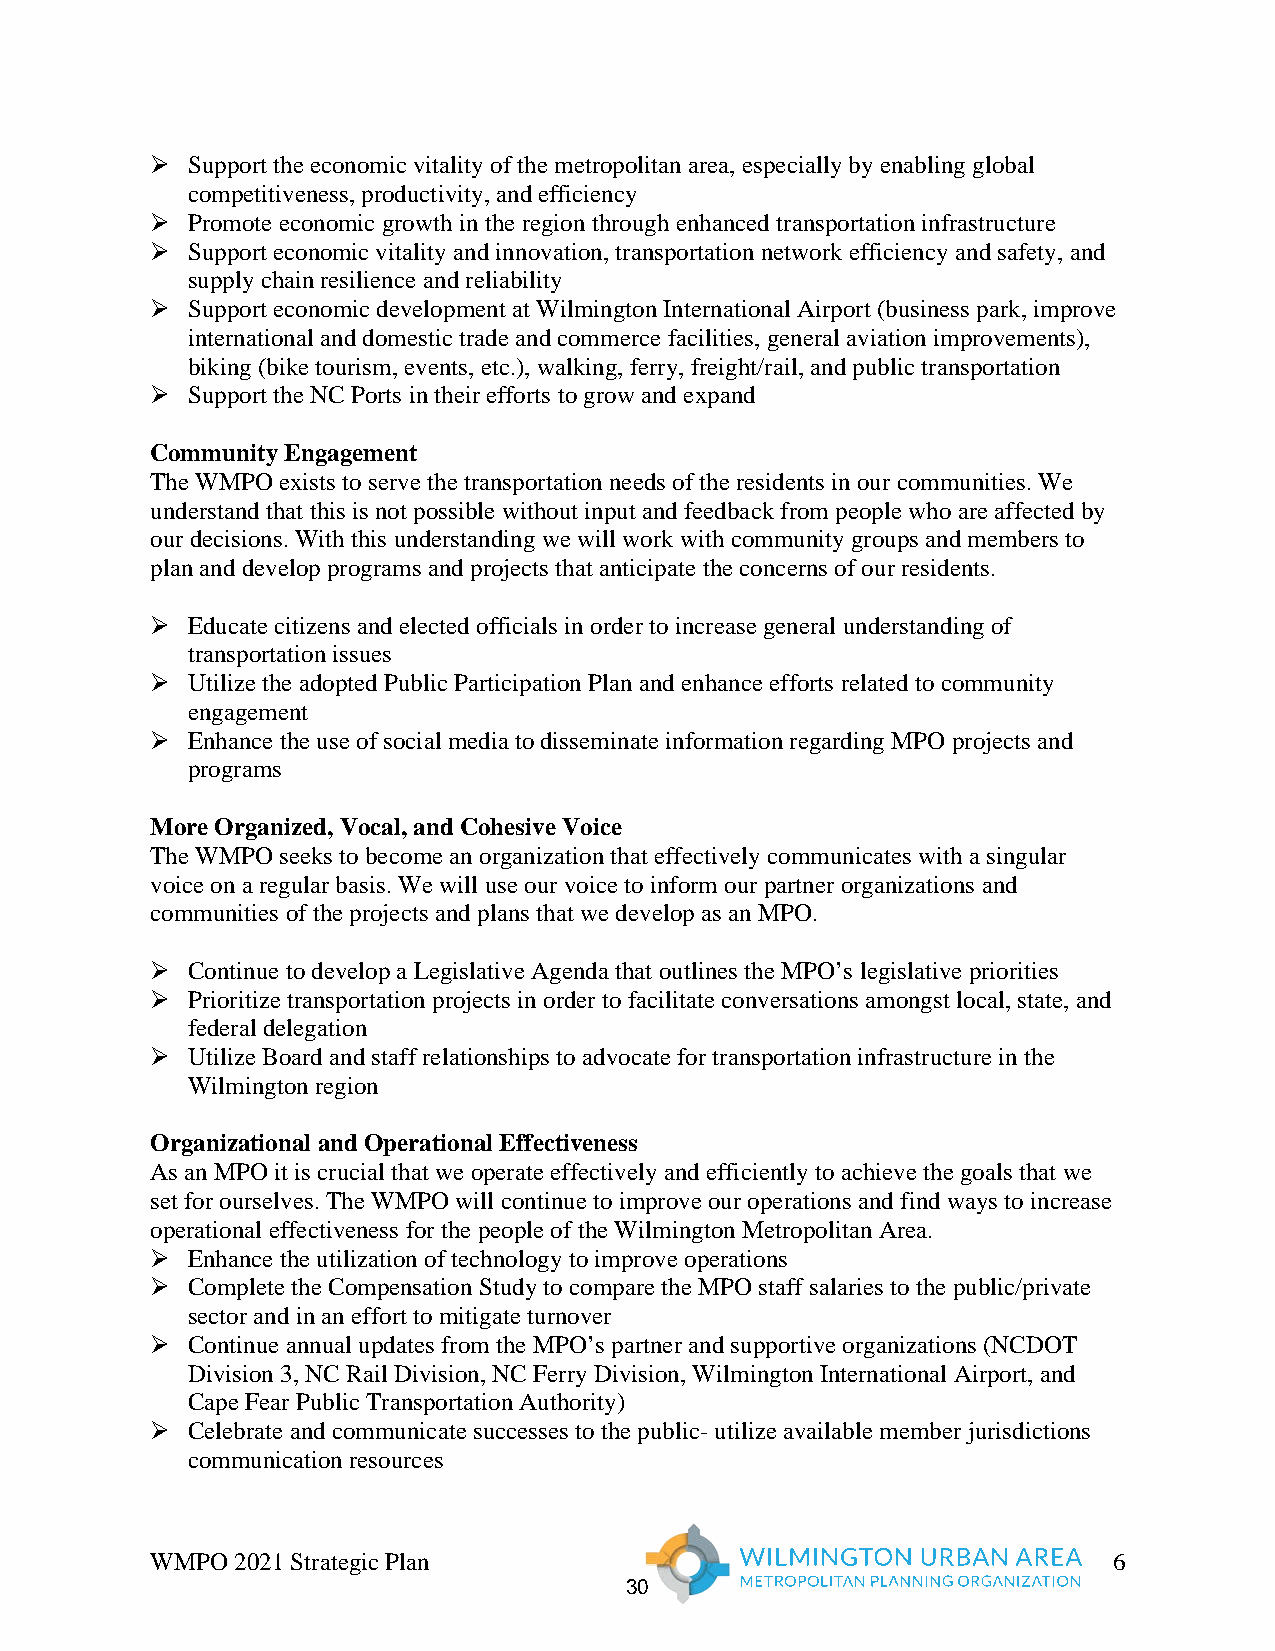
 Support the economic vitality of the metropolitan area, especially by enabling global
 competitiveness, productivity, and efficiency
  Promote economic growth in the region through enhanced transportation infrastructure
  Support economic vitality and innovation, transportation network efficiency and safety, and
 supply chain resilience and reliability
  Support economic development at Wilmington International Airport (business park, improve
 international and domestic trade and commerce facilities, general aviation improvements),
 biking (bike tourism, events, etc.), walking, ferry, freight/rail, and public transportation
  Support the NC Ports in their efforts to grow and expand
 Community Engagement
 The WMPO exists to serve the transportation needs of the residents in our communities. We
 understand that this is not possible without input and feedback from people who are affected by
 our decisions. With this understanding we will work with community groups and members to
 plan and develop programs and projects that anticipate the concerns of our residents.
  Educate citizens and elected officials in order to increase general understanding of
 transportation issues
  Utilize the adopted Public Participation Plan and enhance efforts related to community
 engagement
  Enhance the use of social media to disseminate information regarding MPO projects and
 programs
 More Organized, Vocal, and Cohesive Voice
 The WMPO seeks to become an organization that effectively communicates with a singular
 voice on a regular basis. We will use our voice to inform our partner organizations and
 communities of the projects and plans that we develop as an MPO.
  Continue to develop a Legislative Agenda that outlines the MPO’s legislative priorities
  Prioritize transportation projects in order to facilitate conversations amongst local, state, and
 federal delegation
  Utilize Board and staff relationships to advocate for transportation infrastructure in the
 Wilmington region
 Organizational and Operational Effectiveness
 As an MPO it is crucial that we operate effectively and efficiently to achieve the goals that we
 set for ourselves. The WMPO will continue to improve our operations and find ways to increase
 operational effectiveness for the people of the Wilmington Metropolitan Area.
  Enhance the utilization of technology to improve operations
  Complete the Compensation Study to compare the MPO staff salaries to the public/private
 sector and in an effort to mitigate turnover
  Continue annual updates from the MPO’s partner and supportive organizations (NCDOT
 Division 3, NC Rail Division, NC Ferry Division, Wilmington International Airport, and
 Cape Fear Public Transportation Authority)
  Celebrate and communicate successes to the public- utilize available member jurisdictions
 communication resources
 WMPO 2021 Strategic Plan                                        6
 30